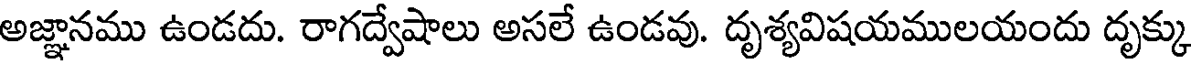
అజ్ఞానము ఉండదు. రాగద్వేషాలు అసలే ఉండవు. దృశ్యవిషయములయందు దృక్కు